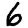
Digit: 6